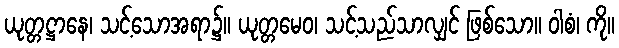
ယုတ္တဋ္ဌာနေ၊ သင့်သောအရာ၌။ ယုတ္တမေဝ၊ သင့်သည်သာလျှင် ဖြစ်သော။ ဝါစံ၊ ကို။